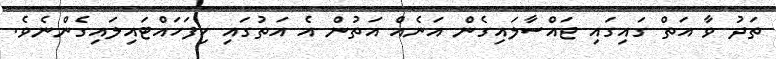
ތަދު ވާ އަތް ގައިގައި ޖައްސާލައިގެން އަނެއް އަތުން އެ އަތުގައި ހިފަހައްޓައިލައިގެންނެވެ.